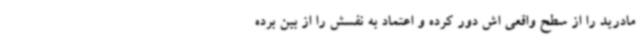
مادرید را از سطح واقعی اش دور کرده و اعتماد به نفسش را از بین برده